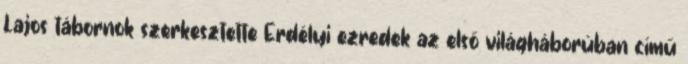
Lajos tábornok szerkesztette Erdélyi ezredek az első világháborúban című